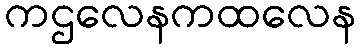
ကဌလေနကထလေန